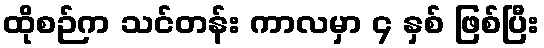
ထိုစဉ်က သင်တန်း ကာလမှာ ၄ နှစ် ဖြစ်ပြီး